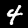
Digit: 4